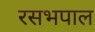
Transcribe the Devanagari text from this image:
रसभपाल